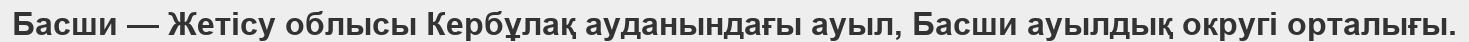
Басши — Жетісу облысы Кербұлақ ауданындағы ауыл, Басши ауылдық округі орталығы.